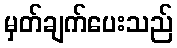
မှတ်ချက်ပေးသည်